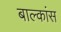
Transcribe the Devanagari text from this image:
बाल्कांस